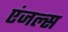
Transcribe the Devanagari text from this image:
एंजल्‍स